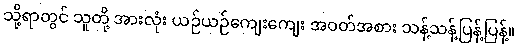
သို့ရာတွင် သူတို့ အားလုံး ယဉ်ယဉ်ကျေးကျေး အဝတ်အစား သန့်သန့်ပြန့်ပြန့်။